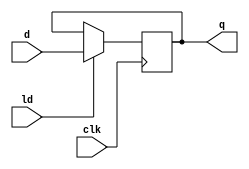
module d_flip_flop (
    input clk,
    input ld,
    input d,
    output reg q
);

always @(posedge clk) begin
    if(ld) begin
        q <= d;
    end
end

endmodule